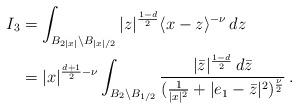
LaTeX: \begin{align*}I_3&= \int_{B_{2|x|}\backslash B_{|x|/2}}|z|^{\frac{1-d}2}\langle x-z\rangle^{-\nu}\, dz\\&= |x|^{\frac{d+1}2-\nu}\int_{B_{2}\backslash B_{1/2}}\frac{|\bar z|^{\frac{1-d}2}\, d\bar z}{(\frac1{|x|^2}+|e_1-\bar z|^2)^{\frac\nu2}} \,.\end{align*}